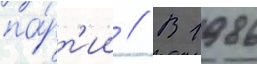
па́рт'ии // В 1986